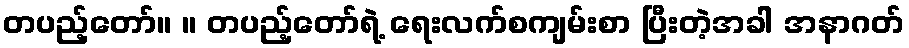
တပည့်တော်။ ။ တပည့်တော်ရဲ့ ရေးလက်စကျမ်းစာ ပြီးတဲ့အခါ အနာဂတ်